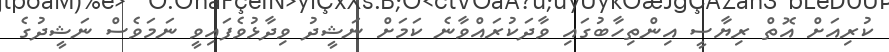
ކުރިއަށް އޮތް ރިޔާސީ އިންތިހާބުގައި ވާދަކުރައްވާނެ ކަމަށް ނަޝީދު ވިދާޅުވެފައިވީ ނަމަވެސް ނަޝީދުގެ